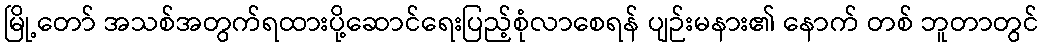
မြို့တော် အသစ်အတွက်ရထားပို့ဆောင်ရေးပြည့်စုံလာစေရန် ပျဉ်းမနား၏ နောက် တစ် ဘူတာတွင်